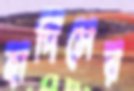
হাদিসের